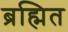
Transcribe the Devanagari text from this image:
ब्रह्मित